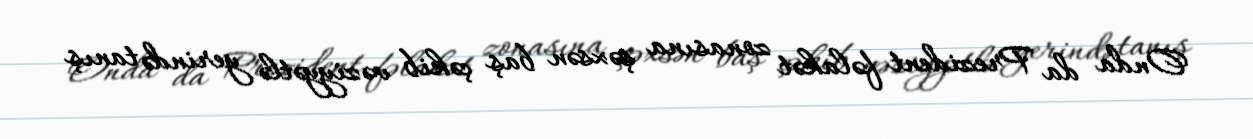
Onda da Prezident fəlakət zonasına şəxsən baş çəkib vəziyyətlə yerində tanış